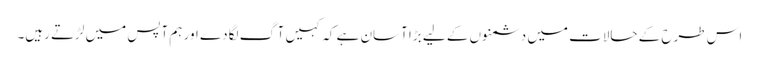
اس طرح کے حالات میں دشمنوں کے لیے بڑا آسان ہے کہ کہیں آگ لگادے اور ہم آپس میں لڑتے رہیں۔